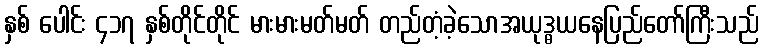
နှစ် ပေါင်း ၄၁၇ နှစ်တိုင်တိုင် မားမားမတ်မတ် တည်တံ့ခဲ့သောအယုဒ္ဓယနေပြည်တော်ကြီးသည်